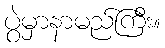
ပွဲမှာနာမည်ကြီး။